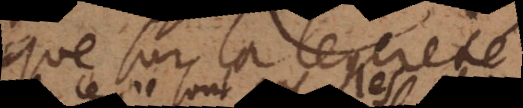
que sur la legereté